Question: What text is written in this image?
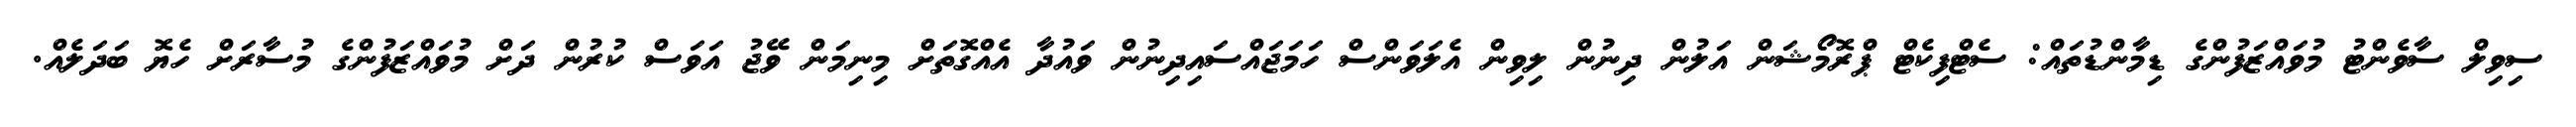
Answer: ސިވިލް ސާވެންޓު މުވައްޒަފުންގެ ޑިމާންޑުތައް: ސެޓްފިކެޓް ޕްރޮމޯޝަން އަލުން ދިނުން ލިވިން އެލަވަންސް ހަމަޖައްސައިދިނުން ވައުދާ އެއްގޮތަށް މިނިމަން ވޭޖު އަވަސް ކުރުން ދަށް މުވައްޒަފުންގެ މުސާރަށް ހެޔޮ ބަދަލެއް.